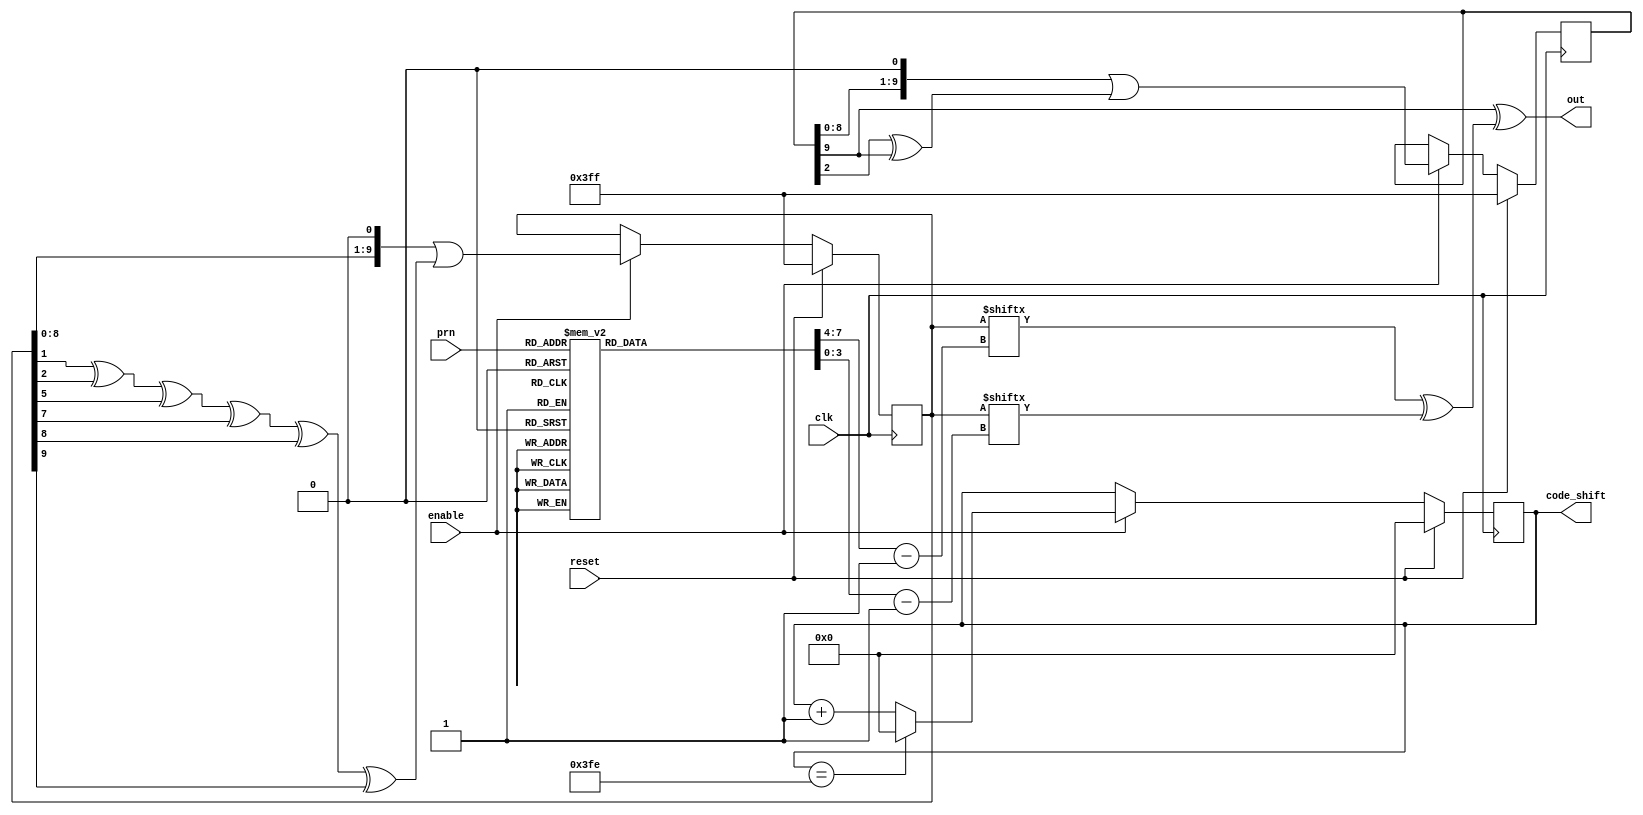
// This file is part of the Cornell University Hardware GPS Receiver Project.
// Copyright (C) 2009 - Adam Shapiro (ams348@cornell.edu)
//                      Tom Chatt (tjc42@cornell.edu)
//
// This program is free software; you can redistribute it and/or modify
// it under the terms of the GNU General Public License as published by
// the Free Software Foundation; either version 2 of the License, or
// (at your option) any later version.
//
// This program is distributed in the hope that it will be useful,
// but WITHOUT ANY WARRANTY; without even the implied warranty of
// MERCHANTABILITY or FITNESS FOR A PARTICULAR PURPOSE. See the
// GNU General Public License for more details.
//
// You should have received a copy of the GNU General Public License
// along with this program; if not, write to the Free Software
// Foundation, Inc., 59 Temple Place, Suite 330, Boston, MA 02111-1307 USA
`define TAP_1 7:4
`define TAP_2 3:0

module ca_generator(
    input            clk,
    input            reset,
    input            enable,
    input [4:0]      prn,
    output reg [9:0] code_shift,
    output           out);

   reg [10:1]       g1;
   reg [10:1]       g2;
   reg [7:0]        taps;
   
   assign out=g1[10]^(g2[taps[`TAP_1]]^g2[taps[`TAP_2]]);

   always @(posedge clk) begin
      code_shift<=reset ? 10'd0 :
                  !enable ? code_shift :
                  code_shift==10'd1022 ? 10'd0 :
                  code_shift+10'd1;
      g1<=reset ? 10'h3FF :
          !enable ? g1 :
          g1<<1 | (g1[3]^g1[10]);
      g2<=reset ? 10'h3FF :
          !enable ? g2 :
          g2<<1 | (g2[2]^g2[3]^g2[6]^g2[8]^g2[9]^g2[10]);
   end

   always @(prn) begin
      case(prn)
        5'd0: taps<={4'd2,4'd6};
        5'd1: taps<={4'd3,4'd7};
        5'd2: taps<={4'd4,4'd8};
        5'd3: taps<={4'd5,4'd9};
        5'd4: taps<={4'd1,4'd9};
        5'd5: taps<={4'd2,4'd10};
        5'd6: taps<={4'd1,4'd8};
        5'd7: taps<={4'd2,4'd9};
        5'd8: taps<={4'd3,4'd10};
        5'd9: taps<={4'd2,4'd3};
        5'd10: taps<={4'd3,4'd4};
        5'd11: taps<={4'd5,4'd6};
        5'd12: taps<={4'd6,4'd7};
        5'd13: taps<={4'd7,4'd8};
        5'd14: taps<={4'd8,4'd9};
        5'd15: taps<={4'd9,4'd10};
        5'd16: taps<={4'd1,4'd4};
        5'd17: taps<={4'd2,4'd5};
        5'd18: taps<={4'd3,4'd6};
        5'd19: taps<={4'd4,4'd7};
        5'd20: taps<={4'd5,4'd8};
        5'd21: taps<={4'd6,4'd9};
        5'd22: taps<={4'd1,4'd3};
        5'd23: taps<={4'd4,4'd6};
        5'd24: taps<={4'd5,4'd7};
        5'd25: taps<={4'd6,4'd8};
        5'd26: taps<={4'd7,4'd9};
        5'd27: taps<={4'd8,4'd10};
        5'd28: taps<={4'd1,4'd6};
        5'd29: taps<={4'd2,4'd7};
        5'd30: taps<={4'd3,4'd8};
        5'd31: taps<={4'd4,4'd9};
        default: taps<={4'd0,4'd0};
      endcase
   end
endmodule